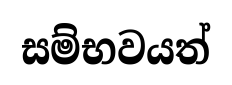
සම්භවයත්